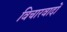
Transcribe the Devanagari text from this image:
विचारवादों